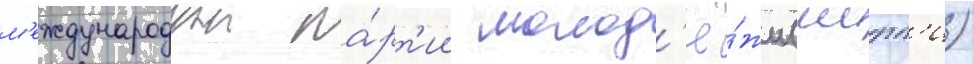
м'еждународнои па́рт'ии молод'ё́жи (иипп'и)